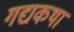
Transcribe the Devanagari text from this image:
गद्यकथा